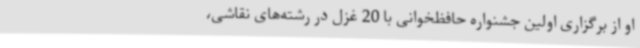
او از برگزاری اولین جشنواره حافظخوانی با 20 غزل در رشته‌های نقاشی،